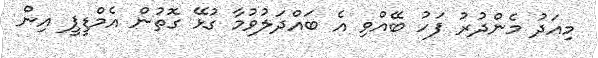
މިއަދު މެންދުރު ފަހު ބޭއްވި އެ ބައްދަލުވުމާ ގުޅޭ ގޮތުން އެމްޑީޕީ އިން